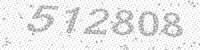
Solution: 512808